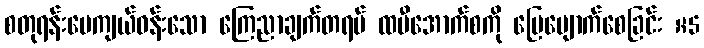
စတုရန်းပေကျယ်ဝန်းသော ကြေညာချက်တရပ် ထမီအောက်စကို ပြေပျောက်စေခြင်း ×5